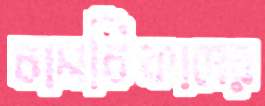
চামচিকাদের